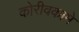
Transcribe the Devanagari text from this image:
कोरीवकामे